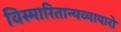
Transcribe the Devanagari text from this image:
विस्मारितान्यव्यापारो